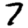
Digit: 7